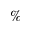
\%